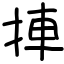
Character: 捙